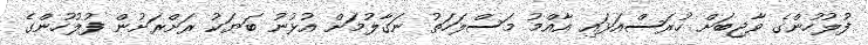
ފުލުހުންގެ ވާޖިބަށް ހުރަސްއަޅައި އާއްމު މަސްލަހަތު ނަގާލުމަށް އުޅުނު ބަޔަކު ރަށްރަށުން ފުލުހުންގެ